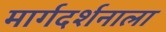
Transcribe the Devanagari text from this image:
मार्गदर्शनाला